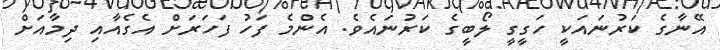
އޭނާގެ ކަރުނައަކީ ހަގީގީ ލޯބީގެ ކަރުނައެވެ. އެންމެ ފަހު ފަހަރަށް އެގެއާއި ދިމާއަށް